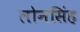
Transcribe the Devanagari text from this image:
लोनसिंह